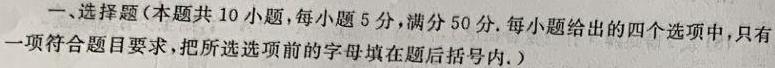
一、选择题（本题共 10 小题，每小题 5 分，满分 50 分. 每小题给出的四个选项中，只有一项符合题目要求，把所选选项前的字母填在题后括号内. ）